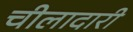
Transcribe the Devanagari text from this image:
चीलादारी